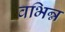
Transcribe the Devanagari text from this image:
वभिन्न